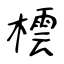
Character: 橒